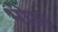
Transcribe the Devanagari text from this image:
भीड़।